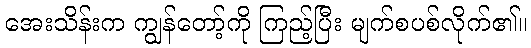
အေးသိန်းက ကျွန်တော့်ကို ကြည့်ပြီး မျက်စပစ်လိုက်၏။